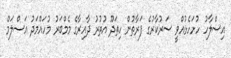
އިސްލާހު ހުށަހެޅުއްވީ ސަރުކާރުގެ ފަރާތުން ހިތަދޫ އުތުރު ދާއިރާގެ މެމްބަރު މުހައްމަދު އަސްލަމް